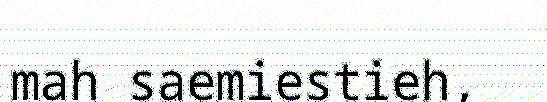
mah saemiestieh,